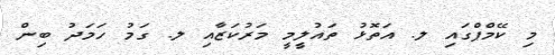
މި ކޭމްޕްގައި ލ. އަތޮޅު ތައުލީމީ މަރުކަޒާއި ލ. ގަމު ހަމަދު ބިން